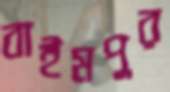
বাইমপুর